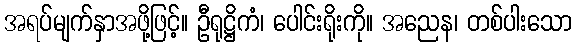
အရပ်မျက်နှာအဖို့ဖြင့်။ ဦရုဋ္ဌိကံ၊ ပေါင်းရိုးကို။ အညေန၊ တစ်ပါးသော